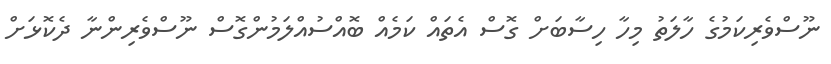
ނޫސްވެރިކަމުގެ ހާލަތު މިހާ ހިސާބަށް ގޮސް އެތައް ކަމެއް ބޮއްސުއްލަމުންގޮސް ނޫސްވެރިންނާ ދެކޮޅަށް